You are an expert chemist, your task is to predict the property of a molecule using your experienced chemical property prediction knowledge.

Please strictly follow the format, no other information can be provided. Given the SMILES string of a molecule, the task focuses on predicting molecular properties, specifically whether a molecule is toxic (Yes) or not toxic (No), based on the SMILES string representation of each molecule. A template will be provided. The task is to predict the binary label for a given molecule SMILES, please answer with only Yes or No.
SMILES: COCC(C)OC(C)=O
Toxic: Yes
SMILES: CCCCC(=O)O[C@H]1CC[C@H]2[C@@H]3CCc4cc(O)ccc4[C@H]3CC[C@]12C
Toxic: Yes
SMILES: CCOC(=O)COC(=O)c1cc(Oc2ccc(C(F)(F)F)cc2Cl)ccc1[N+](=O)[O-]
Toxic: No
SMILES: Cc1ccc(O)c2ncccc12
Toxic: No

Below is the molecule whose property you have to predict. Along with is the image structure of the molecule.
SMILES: O=NN(c1ccccc1)c1ccccc1
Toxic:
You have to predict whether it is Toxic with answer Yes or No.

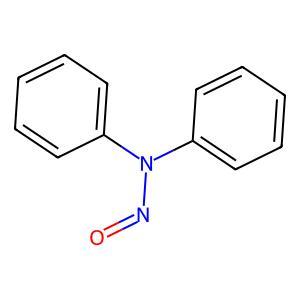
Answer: No